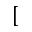
[